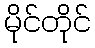
မိုင်တိုင်